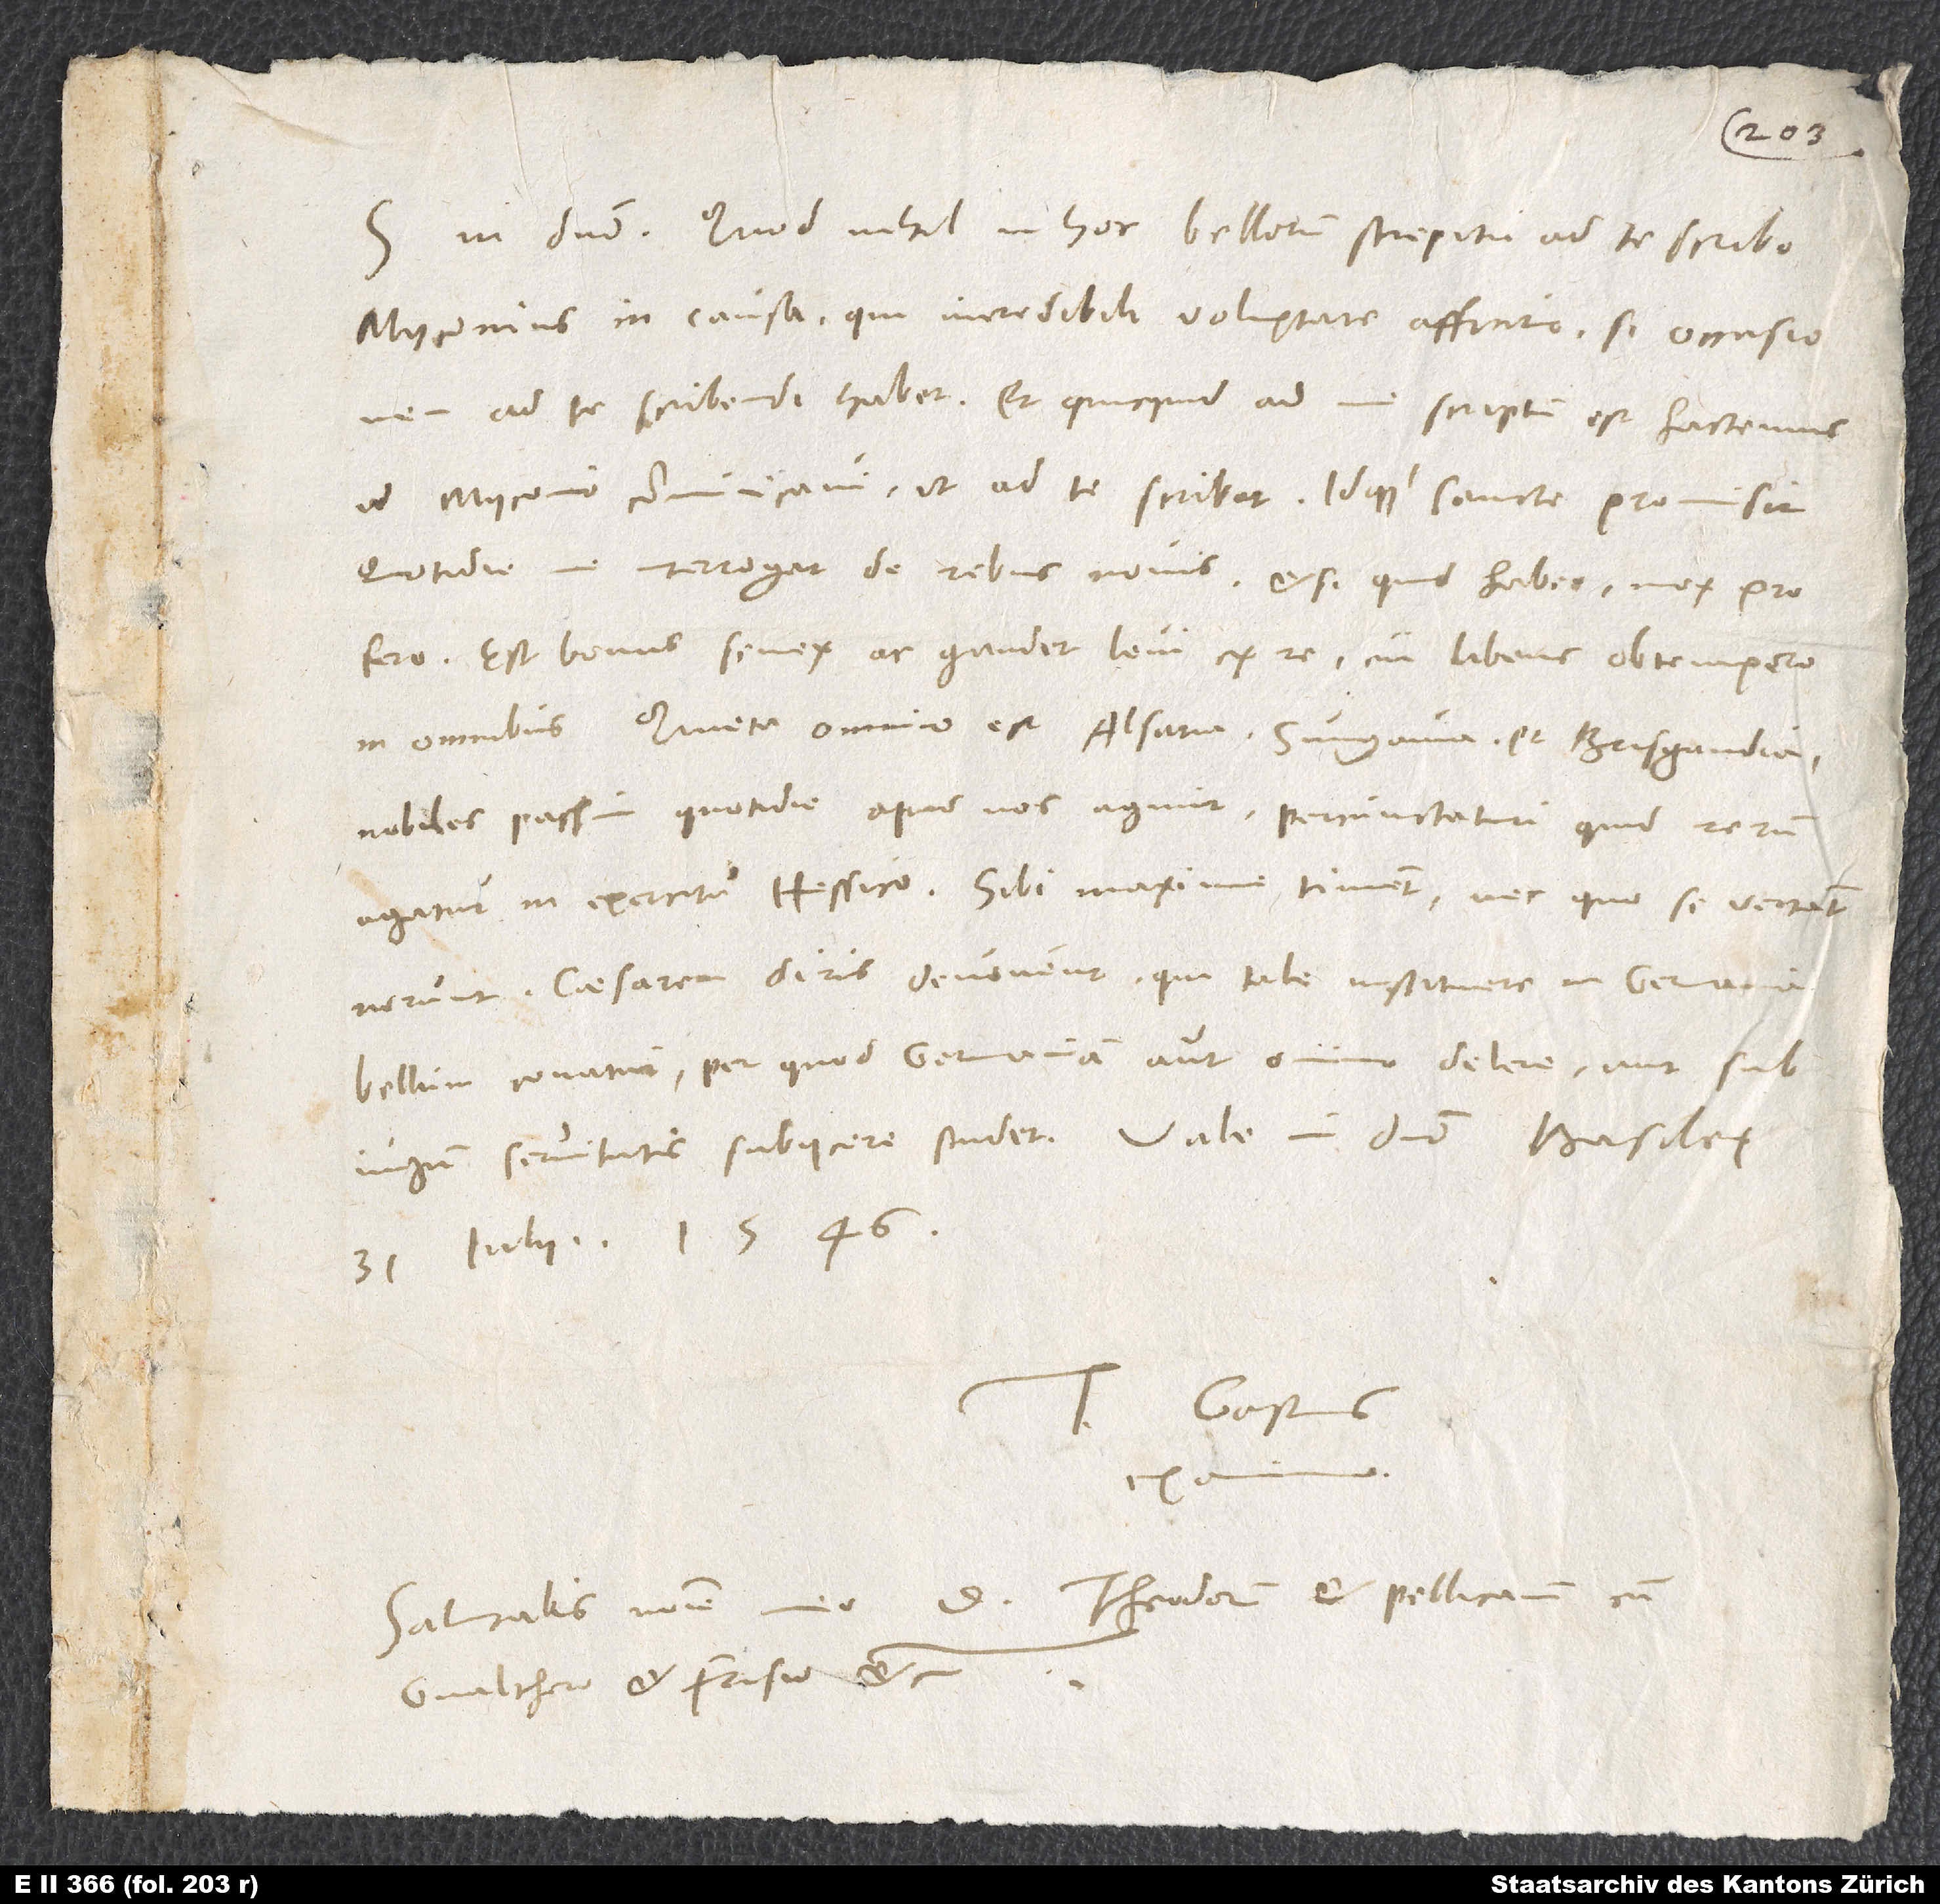
S. in domino. Quod nihil in hoc bellorum strepitu ad te scribo,
Myconius in causa, qui incredibili voluptate afficitur, si occasionem
ad te scribendi habet, et quicquid ad me scriptum est hactenus,
id Myconio communicavi, ut ad te scribat, idque sancte promisit.
Quotidie me interrogat de rebus novis, et si quid habeo, mox profero.
Est bonus senex ac gaudet levi ex re, cui libens obtempero
Nobiles passim quotidie apud nos agunt percunctaturi, quid rerum
norunt. Caesarem diris devovent, qui tale instituere in Germania
bellum conatur; per quod Germaniam aut omnino delere aut sub iugum
31. iulii 1546.
Tuus Gastius
Salutabis nomine meo d. Theodorum et Pellicanum cum
Gvalthero et Frisio, etc.